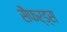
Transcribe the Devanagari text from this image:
सैफर्ड्स